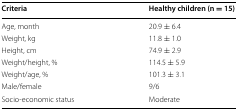
| Criteria | Healthy children (n = 15) |
 | --- | --- |
 | Age, month | 20.9 ± 6.4 |
 | Weight, kg | 11.8 ± 1.0 |
 | Height, cm | 74.9 ± 2.9 |
 | Weight/height, % | 114.5 ± 5.9 |
 | Weight/age, % | 101.3 ± 3.1 |
 | Male/female | 9/6 |
 | Socio-economic status | Moderate |